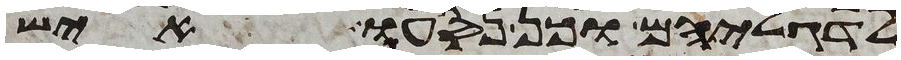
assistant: לדגליהם וכן נסעו איש